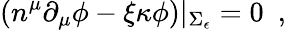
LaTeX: (n^{\mu}\partial_{\mu}\phi-\xi\kappa\phi)|_{\Sigma_{\epsilon}}=0~~,